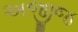
અજીજ